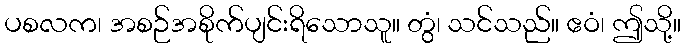
ပစလက၊ အစဉ်အစိုက်ပျင်းရိသောသူ။ တွံ၊ သင်သည်။ ဧဝံ၊ ဤသို့။